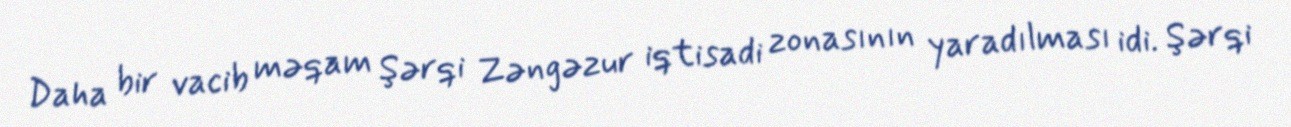
Daha bir vacib məqam Şərqi Zəngəzur iqtisadi zonasının yaradılması idi. Şərqi